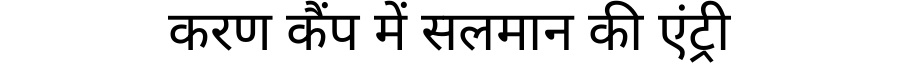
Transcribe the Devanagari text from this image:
करण कैंप में सलमान की एंट्री